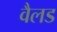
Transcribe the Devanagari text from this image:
वैलड